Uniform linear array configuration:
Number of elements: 32
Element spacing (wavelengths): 1
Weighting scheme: hann
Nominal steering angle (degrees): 45
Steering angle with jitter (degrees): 44.842
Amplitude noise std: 0.05
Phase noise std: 0.05

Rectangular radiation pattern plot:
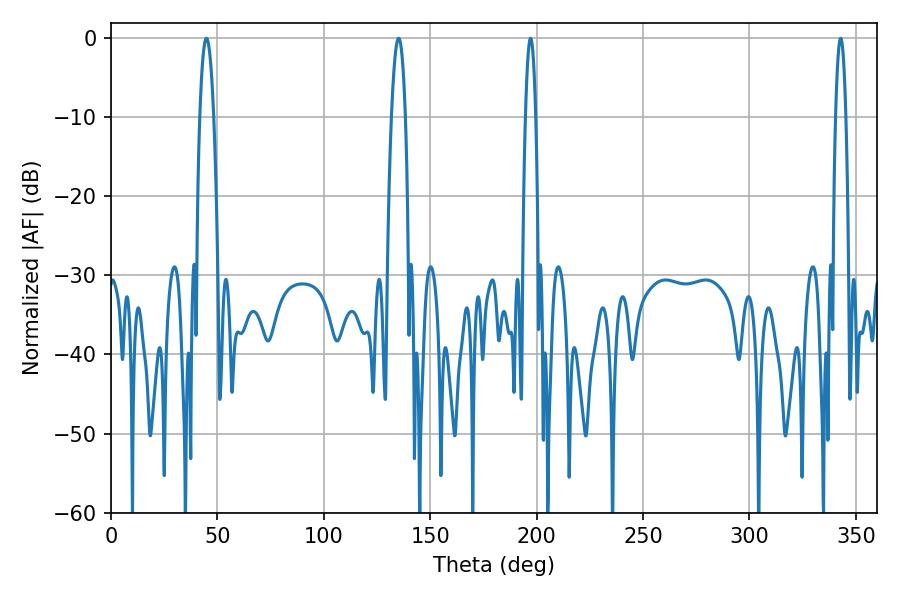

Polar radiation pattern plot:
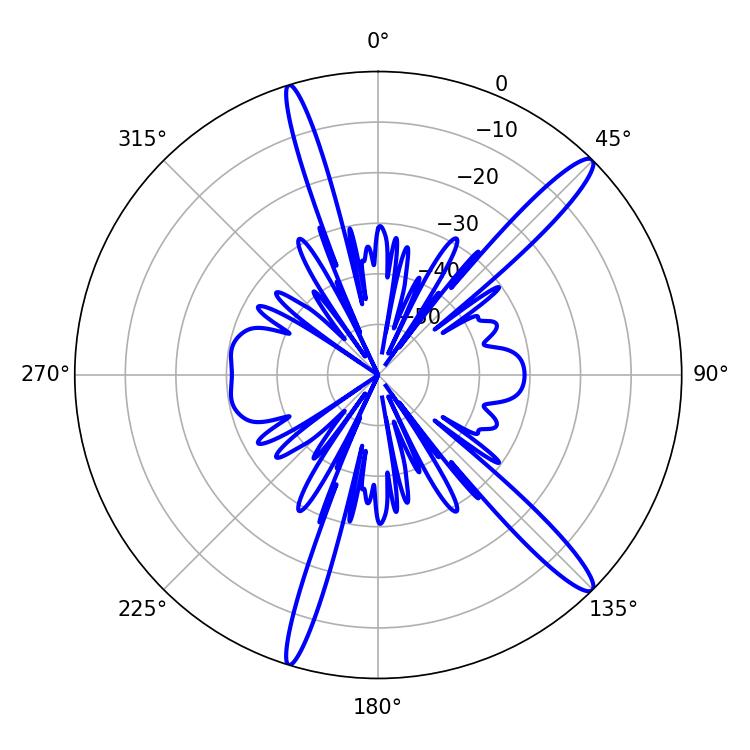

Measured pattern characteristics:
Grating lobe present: TRUE
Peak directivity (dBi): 14.78
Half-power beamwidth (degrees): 3.6
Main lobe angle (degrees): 44.82